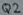
Text: Q2